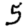
Digit: 5